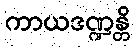
ကာယဒဏ္ဍန္တိ